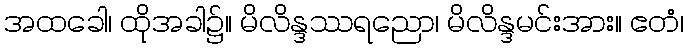
အထခေါ၊ ထိုအခါ၌။ မိလိန္ဒဿရညော၊ မိလိန္ဒမင်းအား။ ဧတံ၊